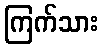
ကြက်သား